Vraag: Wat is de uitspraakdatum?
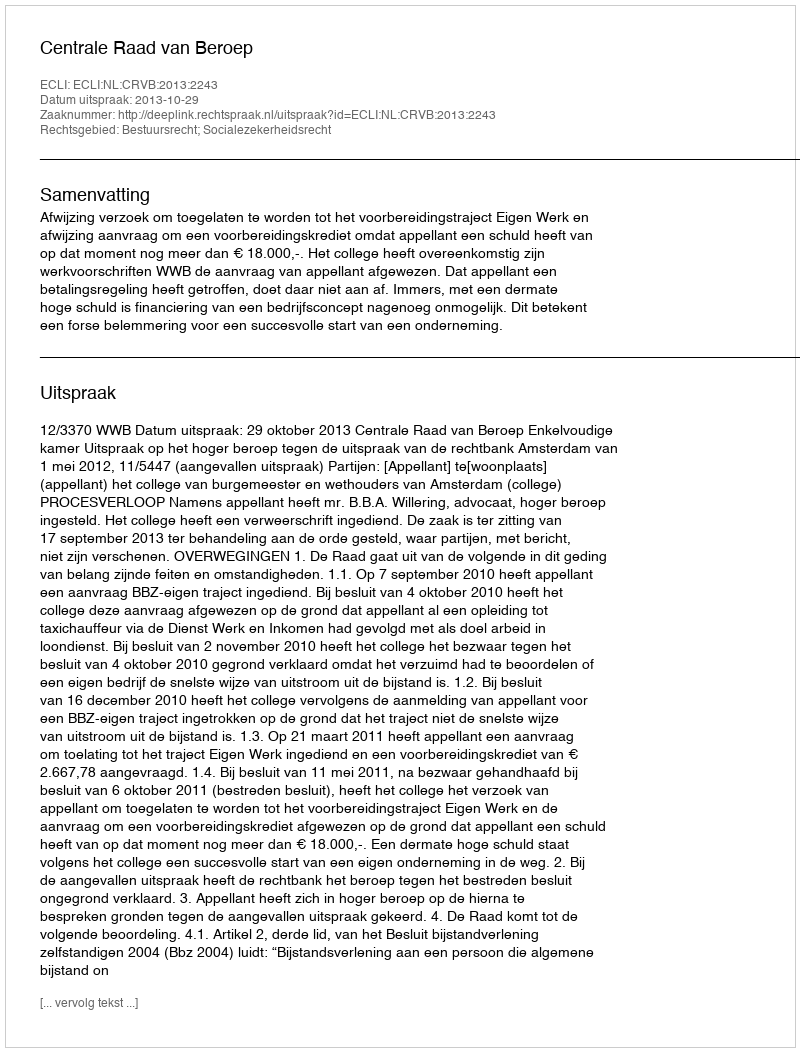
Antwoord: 2013-10-29